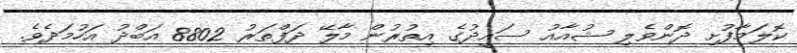
ކޮލަމާފުށި ދޮންވެލި ޝުއާއު ސައީދުގެ އިތުރުން މާލޭ ދަފްތަރު 8802 އަބްދު އަހުމަދެވެ.